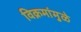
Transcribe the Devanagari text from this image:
विक्रमांमुळे